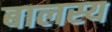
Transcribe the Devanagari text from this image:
बालस्य